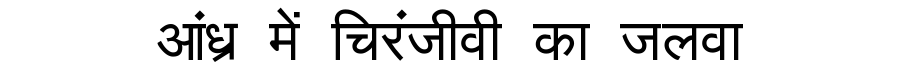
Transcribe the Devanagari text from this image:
आंध्र में चिरंजीवी का जलवा